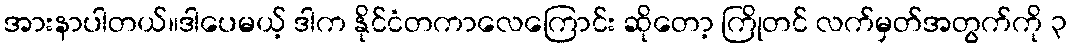
အားနာပါတယ်။ဒါပေမယ့် ဒါက နိုင်ငံတကာလေကြောင်း ဆိုတော့ ကြိုတင် လက်မှတ်အတွက်ကို ၃